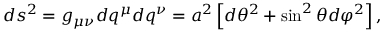
\begin{array} { r } { d s ^ { 2 } = g _ { \mu \nu } d q ^ { \mu } d q ^ { \nu } = a ^ { 2 } \left[ d \theta ^ { 2 } + \sin ^ { 2 } \theta d \varphi ^ { 2 } \right] , } \end{array}